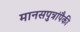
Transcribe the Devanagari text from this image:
मानसपुत्रांपैकी